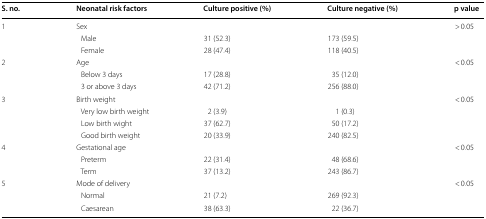
| S. no. | Neonatal risk factors | Culture positive (%) | Culture negative (%) | p value |
 | --- | --- | --- | --- | --- |
 | <ROWSPAN=3> 1 | <COLSPAN=3> Sex | <ROWSPAN=3> > 0.05 |
 | Male | 31 (52.3) | 173 (59.5) |
 | Female | 28 (47.4) | 118 (40.5) |
 | <ROWSPAN=3> 2 | <COLSPAN=3> Age | <ROWSPAN=3> < 0.05 |
 | Below 3 days | 17 (28.8) | 35 (12.0) |
 | 3 or above 3 days | 42 (71.2) | 256 (88.0) |
 | <ROWSPAN=4> 3 | <COLSPAN=3> Birth weight | <ROWSPAN=4> < 0.05 |
 | Very low birth weight | 2 (3.9) | 1 (0.3) |
 | Low birth wight | 37 (62.7) | 50 (17.2) |
 | Good birth weight | 20 (33.9) | 240 (82.5) |
 | <ROWSPAN=3> 4 | <COLSPAN=3> Gestational age | <ROWSPAN=3> < 0.05 |
 | Preterm | 22 (31.4) | 48 (68.6) |
 | Term | 37 (13.2) | 243 (86.7) |
 | <ROWSPAN=3> 5 | <COLSPAN=3> Mode of delivery | <ROWSPAN=3> < 0.05 |
 | Normal | 21 (7.2) | 269 (92.3) |
 | Caesarean | 38 (63.3) | 22 (36.7) |